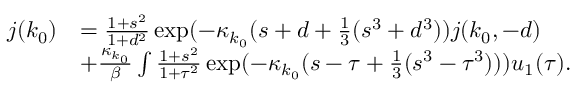
\begin{array} { r l } { j ( k _ { 0 } ) } & { = \frac { 1 + s ^ { 2 } } { 1 + d ^ { 2 } } \exp ( - \kappa _ { k _ { 0 } } ( s + d + \frac 1 3 ( s ^ { 3 } + d ^ { 3 } ) ) j ( k _ { 0 } , - d ) } \\ & { + \frac { \kappa _ { k _ { 0 } } } \beta \int \frac { 1 + s ^ { 2 } } { 1 + \tau ^ { 2 } } \exp ( - \kappa _ { k _ { 0 } } ( s - \tau + \frac 1 3 ( s ^ { 3 } - \tau ^ { 3 } ) ) ) u _ { 1 } ( \tau ) . } \end{array}